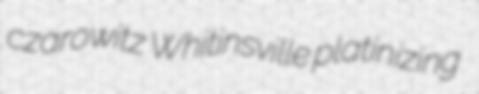
czarowitz Whitinsville platinizing